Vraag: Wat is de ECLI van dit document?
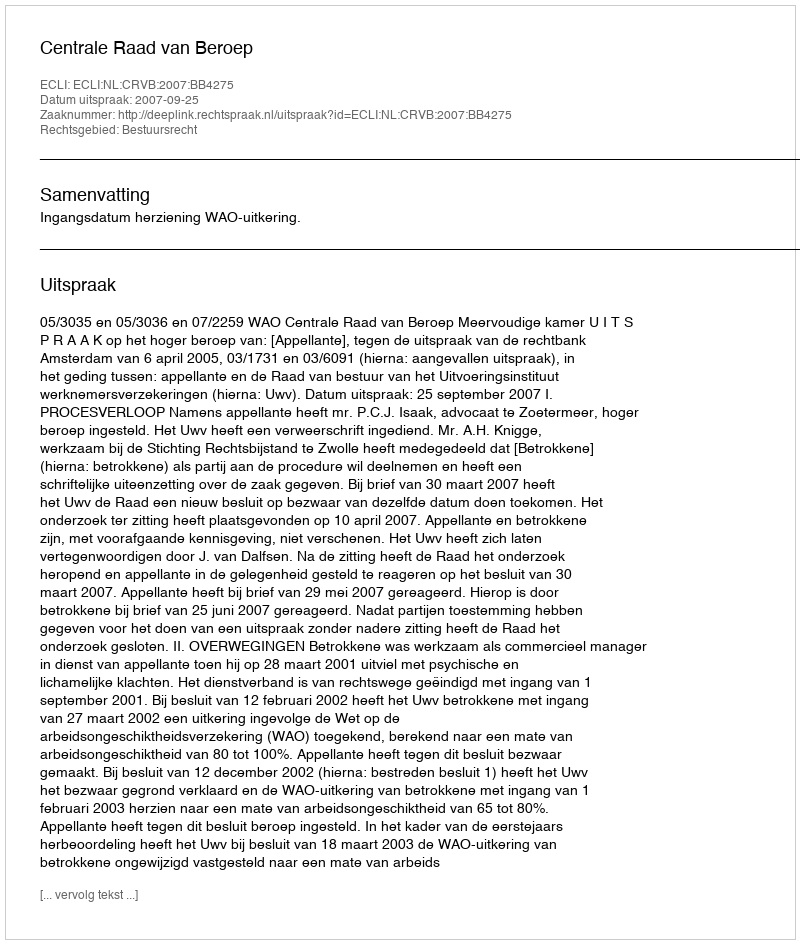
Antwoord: ECLI:NL:CRVB:2007:BB4275